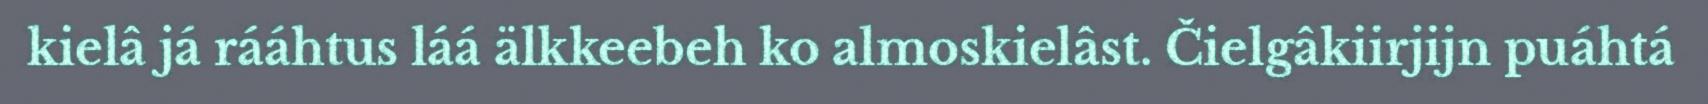
kielâ já rááhtus láá älkkeebeh ko almoskielâst. Čielgâkiirjijn puáhtá